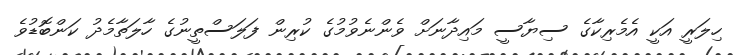
ހިލަރީ އަކީ އެމެރިކާގެ ސިޔާސީ މައިދާނަށް ވެންނެވުމުގެ ކުރިން ފަލަސްތީނުގެ ހާލަތާމެދު ކަންބޮޑުވެ